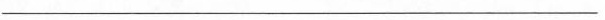
__________________________________________